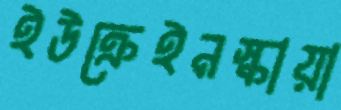
ইউক্রেইনস্কায়া